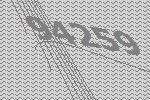
94259